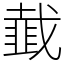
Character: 韯